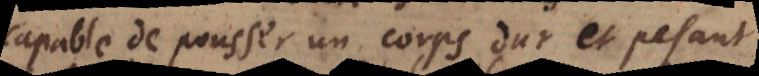
capable de pousser un corps dur et pesant